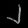
Digit: ၂